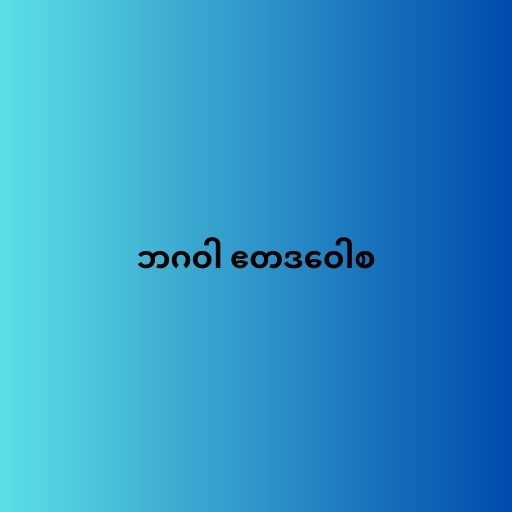
ဘဂဝါ ဧတဒဝေါစ